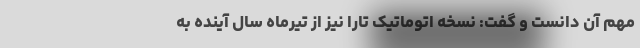
مهم آن دانست و گفت: نسخه اتوماتیک تارا نیز از تیرماه سال آینده به